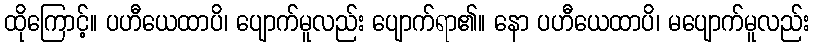
ထိုကြောင့်။ ပဟီယေထာပိ၊ ပျောက်မူလည်း ပျောက်ရာ၏။ နော ပဟီယေထာပိ၊ မပျောက်မူလည်း